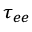
\tau _ { e e }